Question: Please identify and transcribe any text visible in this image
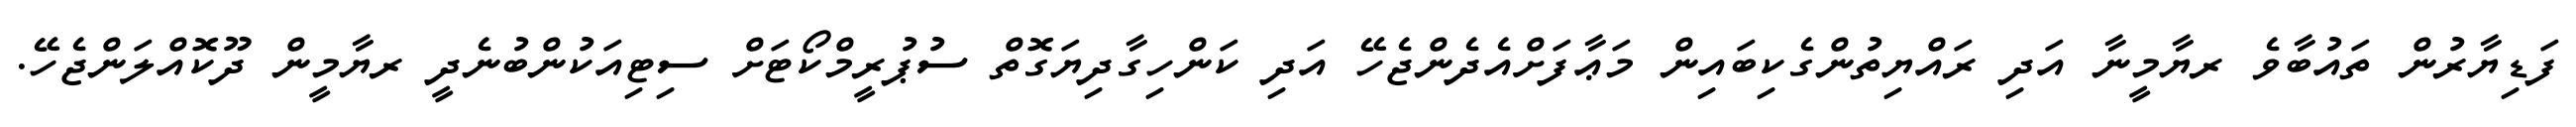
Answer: ފަޑިޔާރުން ތައުބާވެ ރޔާމީނާ އަދި ރައްޔިތުންގެކިބައިން މަޢާފަށްއެދެންޖެހޭ އަދި ކަންހިގާދިޔަގޮތް ސުޕުރީމްކޯޓަށް ސިޓިއަކުންބުނެދީ ރޔާމީން ދޫކޮއްލަންޖެހޭ.